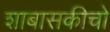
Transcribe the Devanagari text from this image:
शाबासकीचो